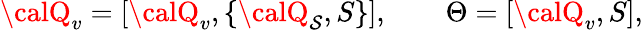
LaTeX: {\calQ}_{v}=[{\calQ}_{v},\{ {\calQ}_{\mathcal{S}},S\} ],\quad\quad\Theta=[{\calQ}_{v},S],